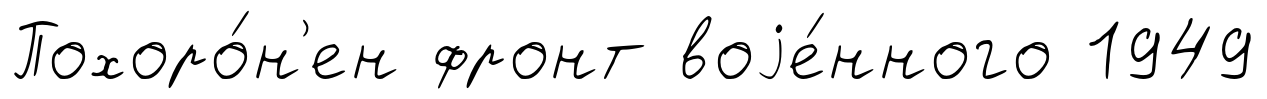
Похоро́н'ен фронт воjе́нного 1949